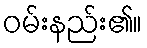
ဝမ်းနည်း၏။